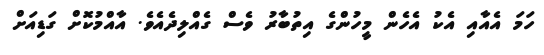
ހަމަ އެއާއި އެކު އެހެން މީހުންގެ އިތުބާރު ވެސް ގެއްލިދެއެވެ. އާއްމުކޮށް ގަޑިއަށް